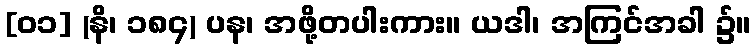
[၀၁] (နိ၊ ၁၈၄) ပန၊ အဖို့တပါးကား။ ယဒါ၊ အကြင်အခါ ၌။